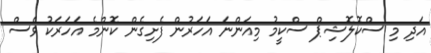
އަދި މި ސްކޮލޮޝިޕް ސްކީމު މިއަންނަ އަހަރުން ފެށިގެން ކޮންމެ އަހަރަކު ވެސް